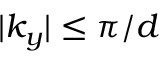
| k _ { y } | \leq \pi / d